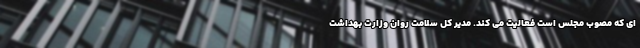
ای که مصوب مجلس است فعالیت می کند. مدیر کل سلامت روان وزارت بهداشت